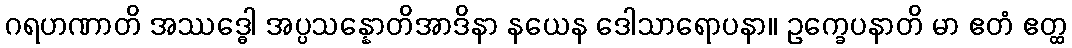
ဂရဟဏာတိ အဿဒ္ဓေါ အပ္ပသန္နောတိအာဒိနာ နယေန ဒေါသာရောပနာ။ ဥက္ခေပနာတိ မာ ဧတံ ဧတ္ထ